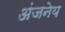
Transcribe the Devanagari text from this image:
अंजनेय